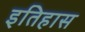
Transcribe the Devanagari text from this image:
इतिहास